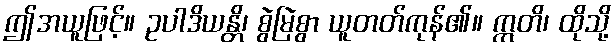
ဤအယူဖြင့်။ ဥပါဒိယန္တိ၊ စွဲမြဲစွာ ယူတတ်ကုန်၏။ ဣတိ၊ ထိုသို့